Report of the Indian Hemp Drugs Commission, 1894-1895 - Volume VII
Year: 1894
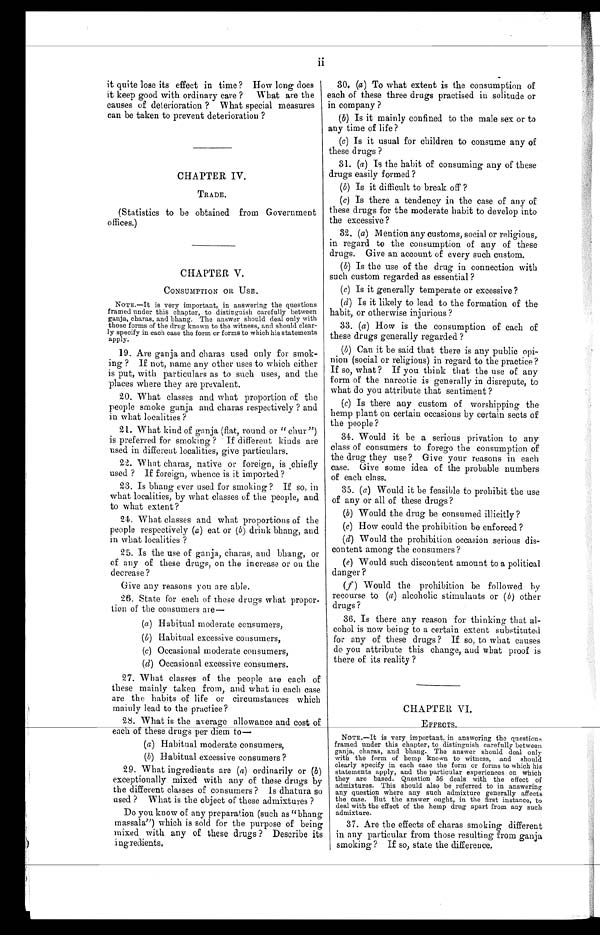
it quite lose its effect in time? How long does
it keep good with ordinary care? What are the
causes of deterioration? What special measures
can be taken to prevent deterioration?
CHAPTER IV.
TRADE.
(Statistics to be obtained from Government
offices.)
CHAPTER V.
CONSUMPTION OR USE.
NOTE.—It is very important, in answering the questions
framed under this chapter, to distinguish carefully between
ganja, charas, and bhang. The answer should deal only with
those forms of the drug known to the witness, and should clear-
ly specify in each case the form or forms to which his statements
apply.
19. Are ganja and charas used only for smok-
ing? If not, name any other uses to which either
is put, with particulars as to such uses, and the
places where they are prevalent.
20. What classes and what proportion of the
people smoke ganja and charas respectively? and
in what localities?
21. What kind of ganja (flat, round or "chur")
is preferred for smoking? If different kinds are
used in different localities, give particulars.
22. What charas, native or foreign, is chiefly
used? if foreign, whence is it imported?
23. Is bhang ever used for smoking? If so, in
what localities, by what classes of the people, and
to what extent?
24. What classes and what proportions of the
people respectively ( a ) eat or (b) drink bhang, and
in what localities?
25. Is the use of ganja, charas, and bhang, or
of any of these drugs, on the increase or on the
decrease?
30. (a ) To what extent is the consumption of
each of these three drugs practised in solitude or
in company?
(b) Is it mainly confined to the male sex or to
any time of life?
(c) Is it usual for children to consume any of
these drugs?
31. (a ) Is the habit of consuming any of these
drugs easily formed?
(b) Is it difficult to break off?
(c) Is there a tendency in the case of any of
these drugs for the moderate habit to develop into
the excessive?
32. (a) Mention any customs, social or religious,
in regard to the consumption of any of these
drugs. Give an account of every such custom.
(b) Is the use of the drug in connection with
such custom regarded as essential?
(c) Is it generally temperate or excessive?
( d) Is it likely to lead to the formation of the
habit, or otherwise injurious?
33. (a) How is the consumption of each of
these drugs generally regarded?
(b) Can it be said that there is any public opi
- n i o n ( s o c i a l o r r e l i g i o u s ) i n r e g a r d t o t h e p r a c t i c e ?
If so, what? If you think that the use of any
form of the narcotic is generally in disrepute, to
what do you attribute that sentiment?
(c) Is there any custom of worshipping the
hemp plant on certain occasions by certain sects of
the people?
34. Would it be a serious privation to any
class of consumers to forego the consumption of
the drug they use? Give your reasons in each
case. Give some idea of the probable numbers
of each class.
35. (a) Would it be feasible to prohibit the use
of any or all of these drugs?
(b) Would the drug be consumed illicitly?
(c) How could the prohibition be enforced?
(d) Would the prohibition occasion serious dis-
content among the consumers?
(e) Would such discontent amount to a political
danger?
(f ) Would the prohibition be followed by
recourse to (a) alcoholic stimulants or (b) other
drugs?
36. Is there any reason for thinking that al-
cohol is now being to a certain extent substituted
for any of these drugs? If so, to what causes
do you attribute this change, and what proof is
there of its reality?
CHAPTER VI.
EFFECTS.
NOTE.—It is very important, in answering the questions
framed under this chapter, to distinguish carefully between
ganja, charas, and bhang. The answer should deal only
with the form of hemp known to witness, and should
clearly specify in each case the form or forms to which his
statements apply, and the particular experiences on which
they are based. Question 56 deals with the effect of
admixtures. This should also be referred to in answering
any question where any such admixture generally affects
the case. But the answer ought, in the first instance, to
deal with the effect of the hemp drug apart from any such
admixture.
37. Are the effects of charas smoking different
in any particular from those resulting from ganja
smoking? If so, state the difference.
Give any reasons you are able.
26. State for each of these drugs what propor-
tion of the consumers are
—
(a) Habitual moderate consumers,
(b) Habitual excessive consumers,
(c) Occasional moderate consumers,
(d) Occasional excessive consumers.
27. What classes of the people are each of
these mainly taken from, and what in each case
are the habits of life or circumstances which
mainly lead to the practice?
28. What is the average allowance and cost of
each of these drugs per diem to—
(a) Habitual moderate consumers,
(b) Habitual excessive consumers?
29. What ingredients are ( a) ordinarily or ( b )
exceptionally mixed with any of these drugs by
the different classes of consumers? Is dhatura so
used? What is the object of these admixtures?
Do you know of any preparation (such as "bhang
massala") which is sold for the purpose of being
mixed with any of these drugs? Describe its
ingredients.